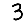
Digit: 3